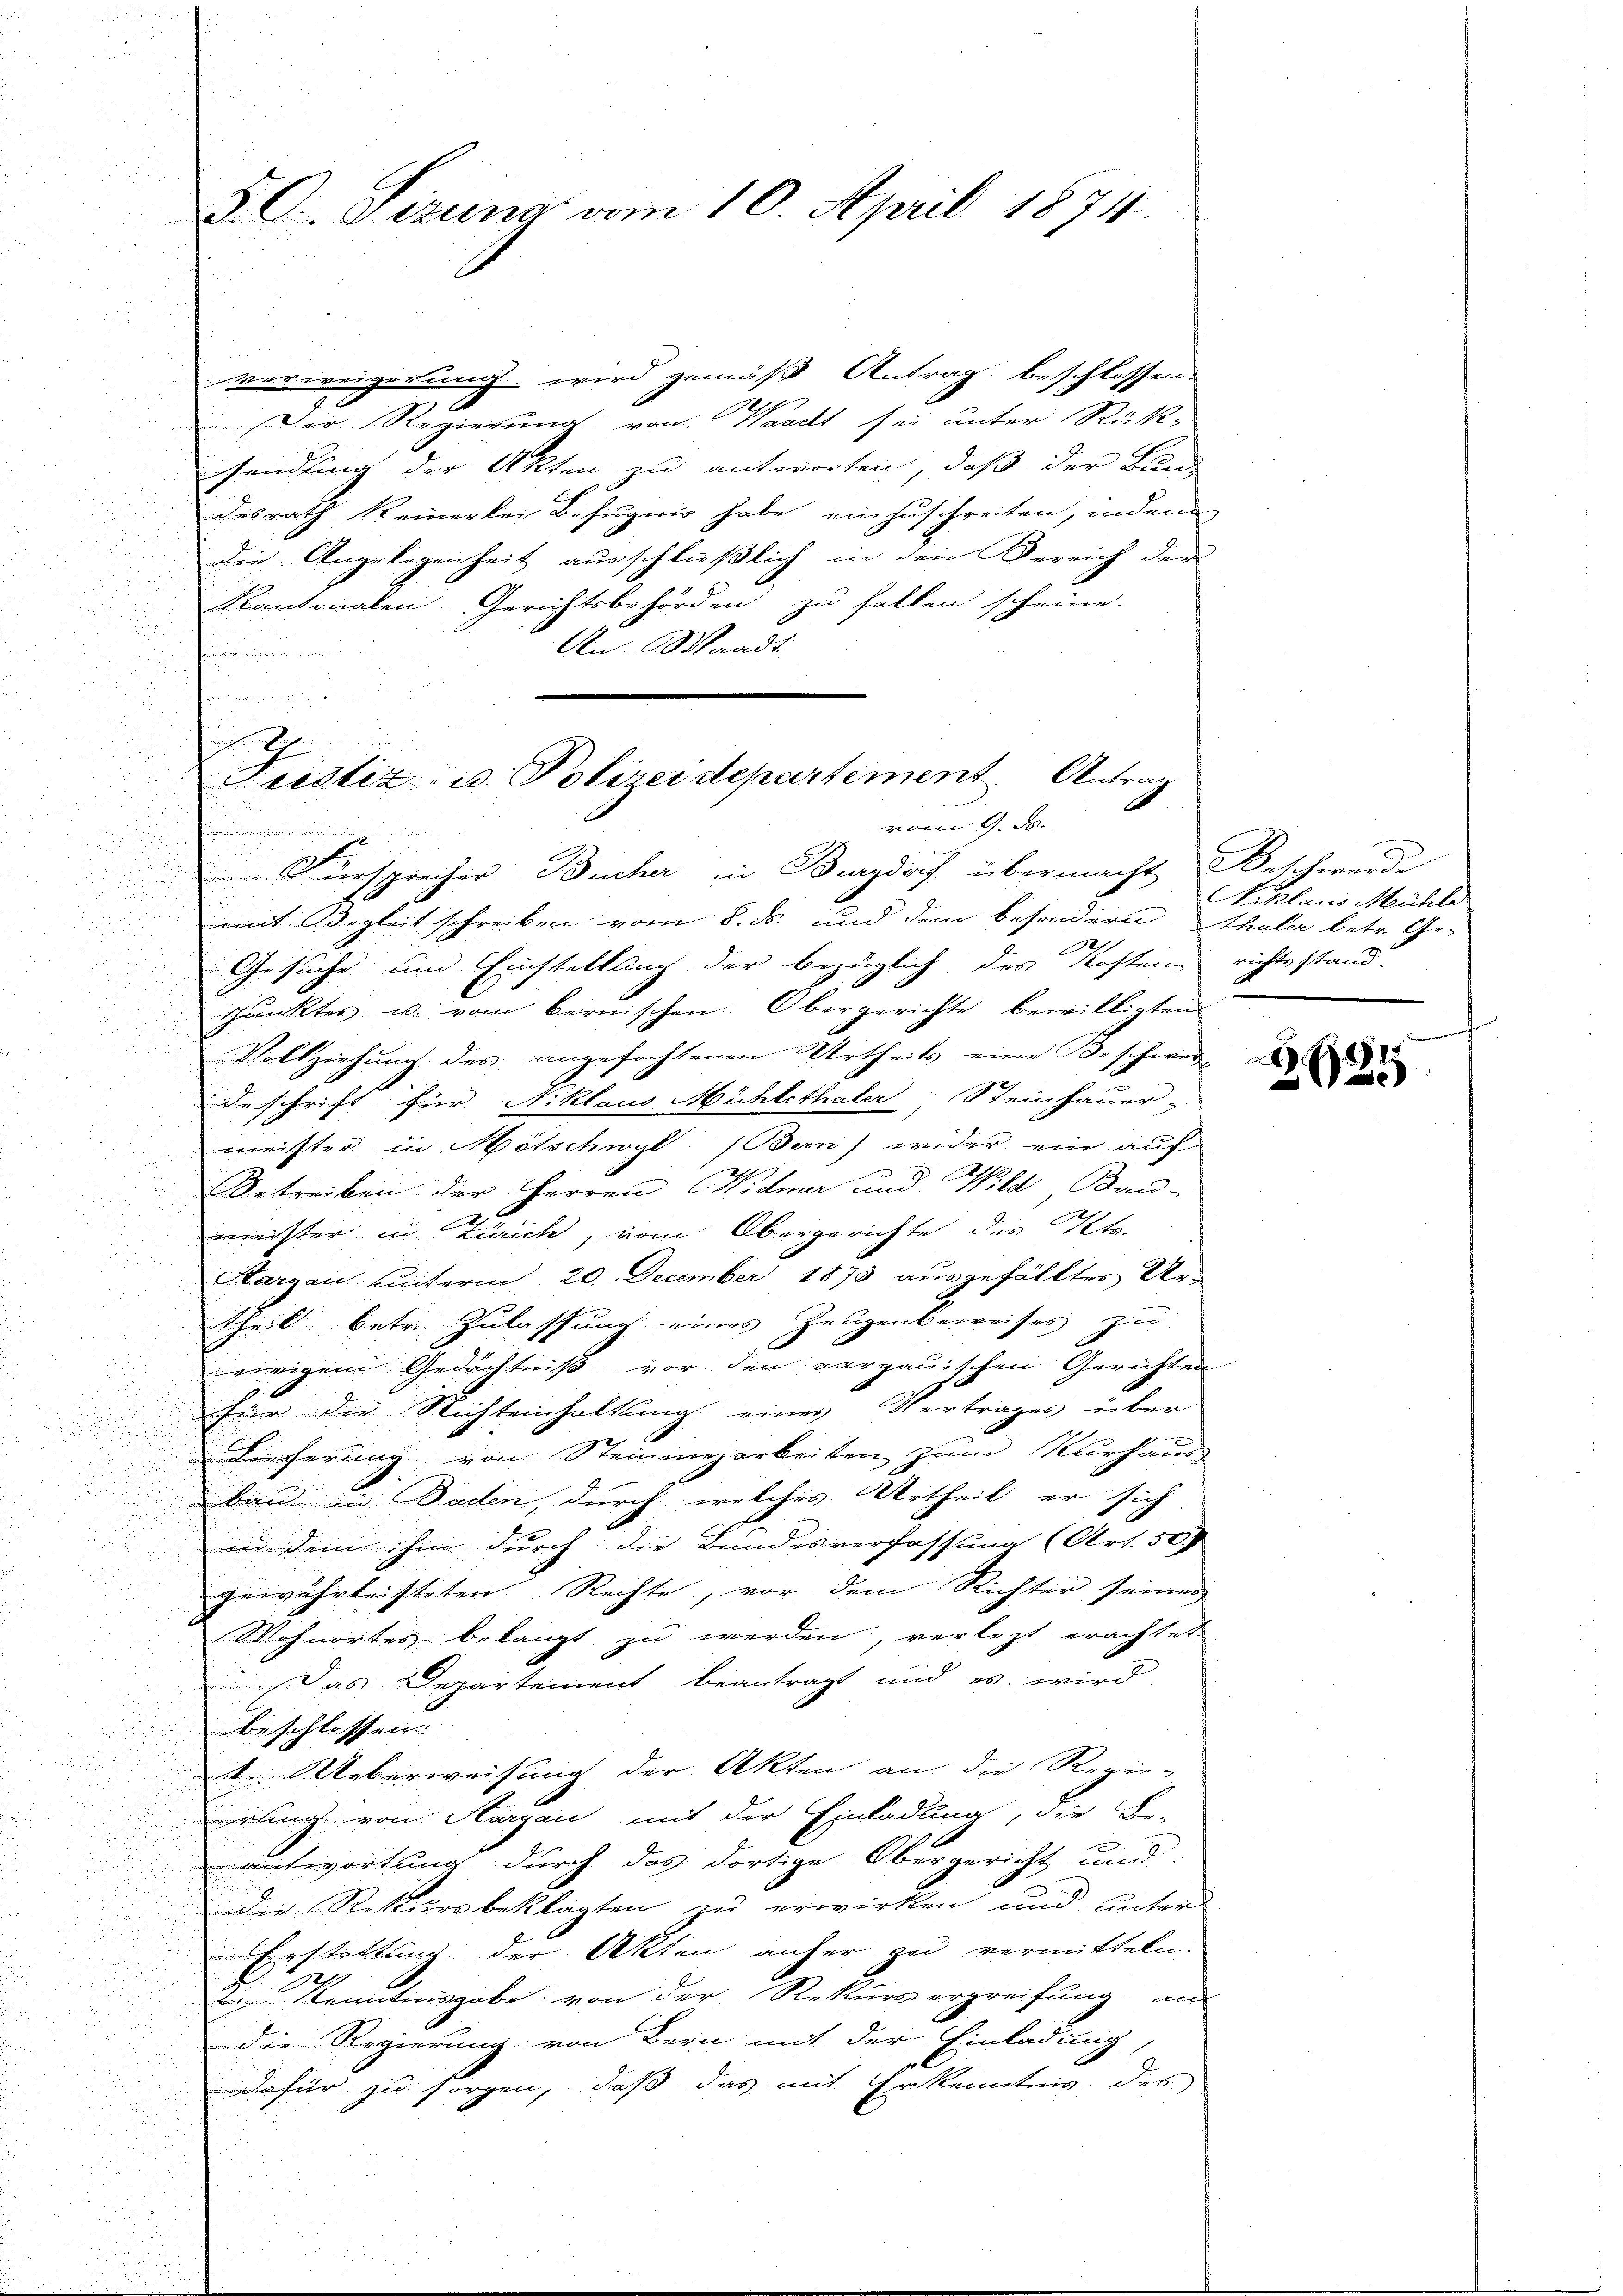
n
u

d

30. Sizung vom 10. April 1874.

verweigerung wird gemäß Antrag beschlossen,
x
Der Regierung von Waadt sei unter Rück-
sendung der Akten zu antworten, daß der Bund
desrath keinerlei Befugnis habe einzuschreiten, indem
die Angelegenheit ausschließlich in den Bereich der
Kantonalen Gerichtsbehörden zu halten scheine.
.
An Waadt
e
i.

Fustiz- u. Polizeidepartement. Antrag
vom 9. ds.
t

Fürsprecher Bucher in Burgdorf übermacht, Beschwerde
mit Begleit schreiben vom 8. ds. und dem besondern Thaler betr. Ge-
u
e
Gesuche um Vichtellung der bezüglich des Kosteren richtsstand-

punktes u. vom bernischen: Obergerichte bewilligten
Vollziehung des angefochtenen Urtheils eine Beschwer-
Beschrift für Niklaus Mühlethaler Steinhauer-
meister in Mitschwyl (Ban) wider ein auf
e
Betreiben der Herren Widmer und Wild, Bau-
meister in Zürich, vom Obergerichte des St.
Sargau unterm 20. December 1873 ausgefälltes Ur-

theil betr. Zulassung eines Zeugenbeweises zu
ewigen Gedächtniß vor den vergauischen Gerichten
d
für der Richteinhaltung eines Vertrages über

Lieferung von Steinmezarbeiten zum Nurhaus-
bau in Baden, durch welches Urtheil er sich
n
in dem ihm durch die Bundesverfassung (Art. 50

gewährleisteten Rechte, vor dem Richter seiner
Wohnortes belangt zu werden, verletzt erachtet.
Das Departement beantragt und es wird
beschlossen:
 Ueberweisung der Akten an die Regie-
rling von Aargau mit der Einladung, die Be-
antwortung durch das dortige Obergericht und
die Rekursbeklagten in erwirken und unter
d
u
Erstattung der Akten anher zu vermitteln.
.
d
te Kenntiusgabe von der Rekurs ergreifung an
.
die Regierung von Bern mit der Einladung
dafür zu sorgen, daß das mit Erkenntnis des

Niklaus Mühle

9
025